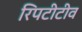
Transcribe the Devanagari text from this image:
रिपटीटीव